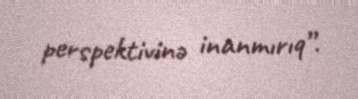
perspektivinə inanmırıq”.